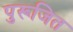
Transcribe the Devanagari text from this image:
पुरूजित